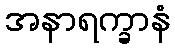
အနာရက္ခာနံ